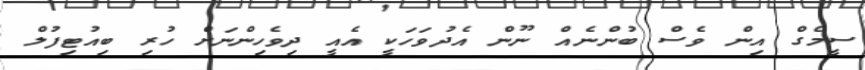
ސީމެގް އިން ވެސް ބުންނެއް ނޫން އެދުވަހަކީ އެެއީ ދިވެހިންނަށް ހުރި ބިއުޓިފުލް